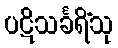
ပဋိသင်္ခရိံသု